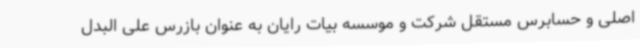
اصلی و حسابرس مستقل شرکت و موسسه بیات رایان به عنوان بازرس علی البدل